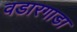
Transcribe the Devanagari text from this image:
वडारगाडा